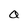
Character: a